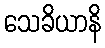
သေခိယာနိ